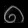
Digit: ၈